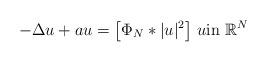
LaTeX: \begin{align*} - \Delta u + a u = \bigl[\Phi_N * |u|^2\bigr] \ u \hbox{in} \ \mathbb{R}^{N}\end{align*}